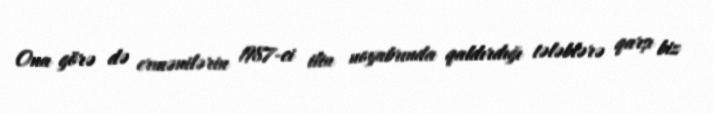
Ona görə də ermənilərin 1987-ci ilin noyabrında qaldırdığı tələblərə qarşı biz